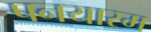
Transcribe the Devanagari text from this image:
पनयारम